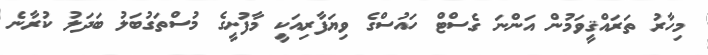
މިހާރު ތަރައްޤީވަމުން އަންނަ ގެސްޓް ހައުސްގެ ވިޔަފާރިއަކީ މާފުށީގެ މުސްތަގުބަލު ބަދަލު ކުރާނެ